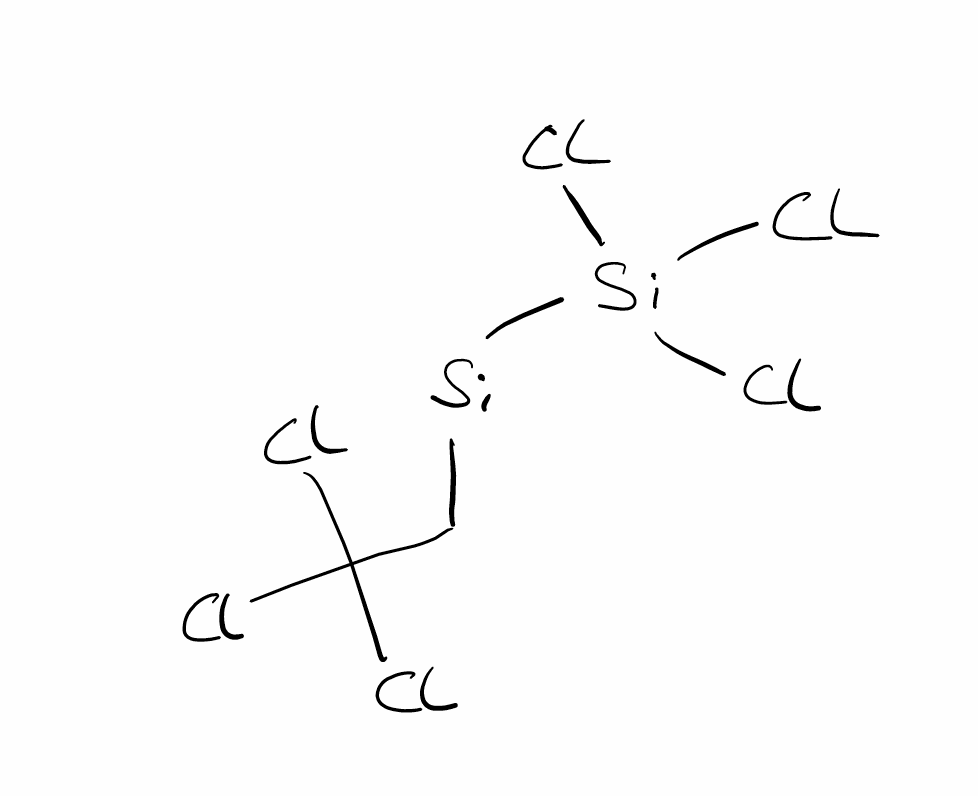
Simplified molecular-input line-entry system (SMILES) notation of the given molecule:
C(C(Cl)(Cl)Cl)[Si][Si](Cl)(Cl)Cl